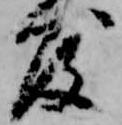
度